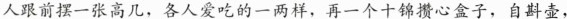
人跟前摆--张高几，各人爱吃的一两样，再一个十锦攒心盒子，自斟壶，